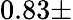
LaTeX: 0.83\pm